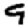
Digit: 9